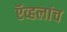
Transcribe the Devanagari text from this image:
ऍव्हलांच